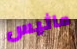
ماثيس